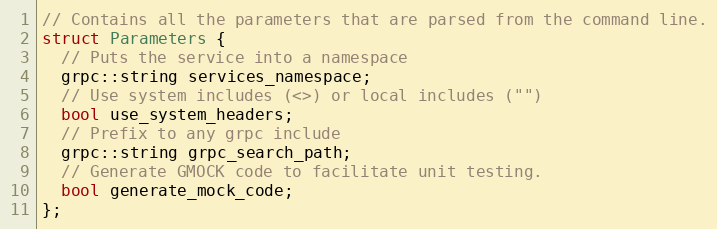
Language: C
// Contains all the parameters that are parsed from the command line.
struct Parameters {
  // Puts the service into a namespace
  grpc::string services_namespace;
  // Use system includes (<>) or local includes ("")
  bool use_system_headers;
  // Prefix to any grpc include
  grpc::string grpc_search_path;
  // Generate GMOCK code to facilitate unit testing.
  bool generate_mock_code;
};